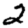
Digit: 2